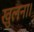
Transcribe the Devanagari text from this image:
खुलना।